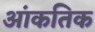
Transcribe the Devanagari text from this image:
आंकतिक